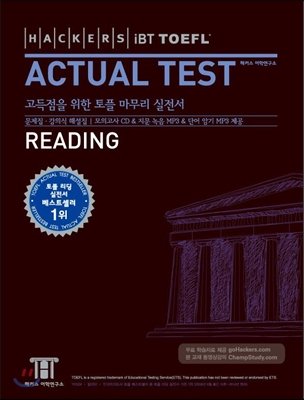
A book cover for Hackers IBT TOEFL ACTUAL TEST READING_for Korean Speakers (with CD); Hackers Language Institute; Test Preparation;